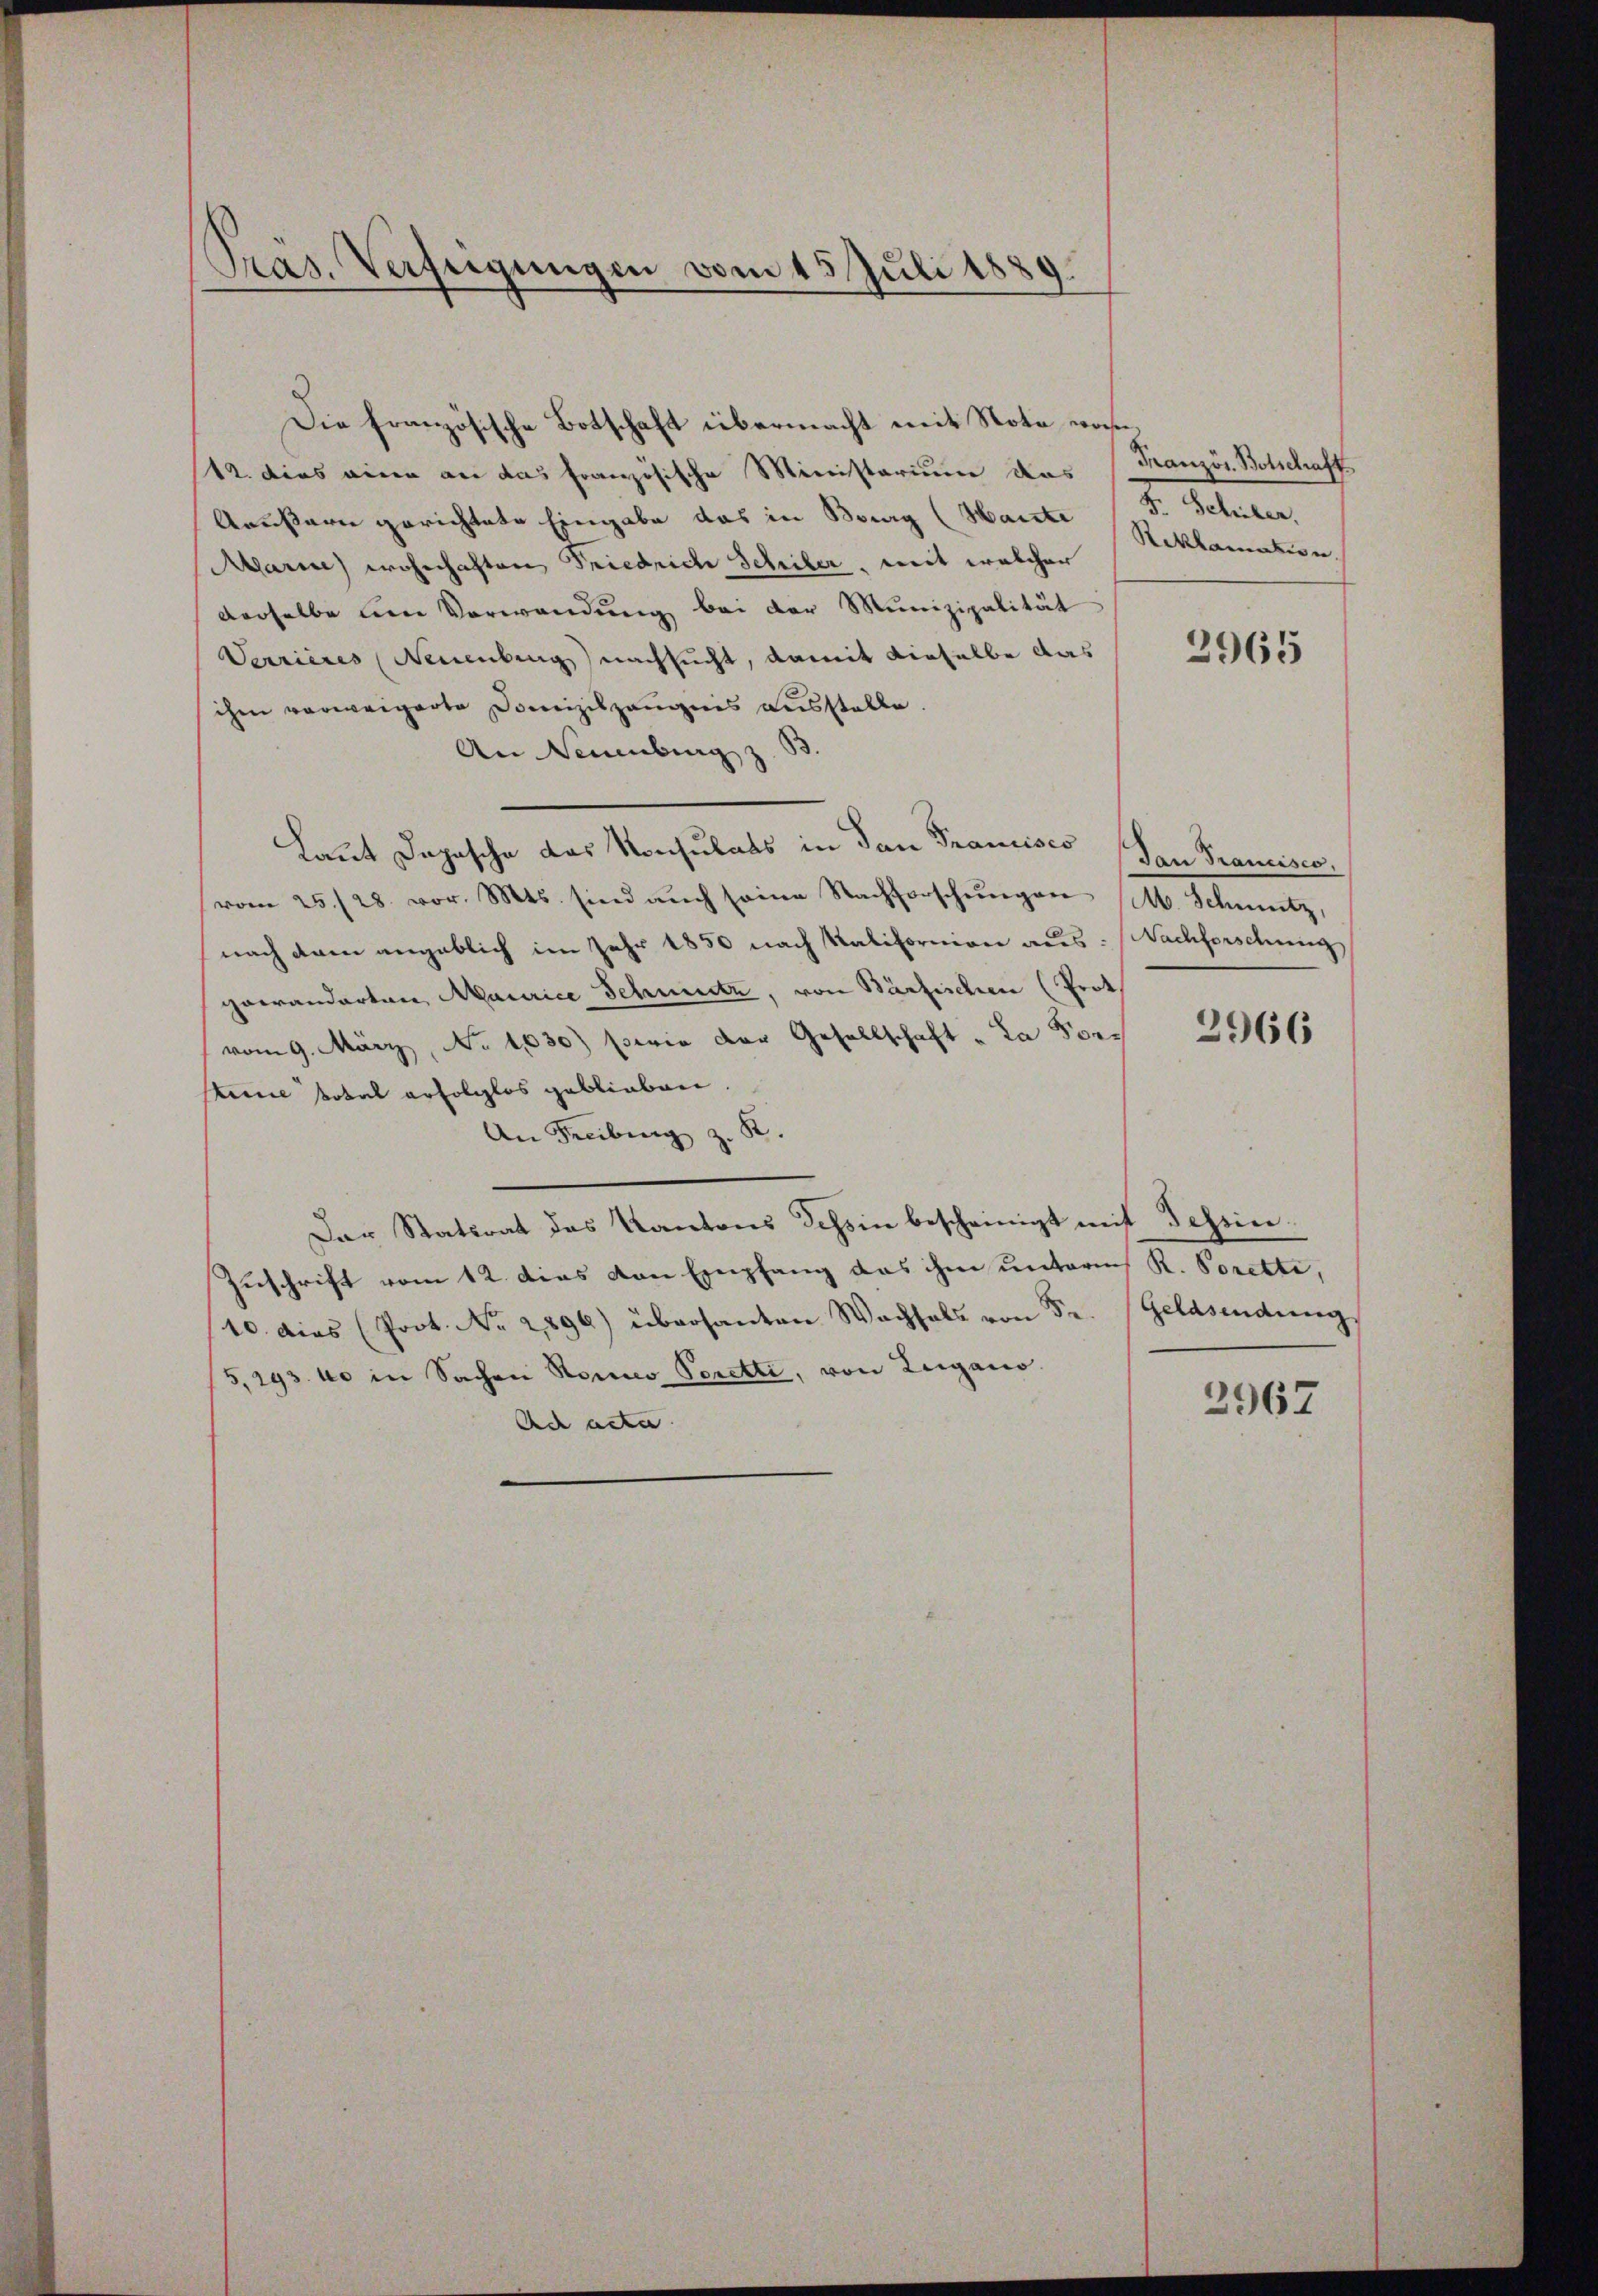
Präs. Verfeigungen vom 15. Juli 1881

Die französische Botschaft übermacht mit Note wohn¬
12. dies eine an das Französische Ministerium das
Grußern gerichtete Eingabe das in Bourg (Harzte Reklamation.
Aarin wohnhaften Friedrich Schüler, mit welcher
derselbe den Verwendŭng bei der Munizipalität
Verrieres Neuenburg nachsucht, damit dieselbe das
schen verweigerte Domizilzeugnis ausstelle.
An Neuenburg z.
Laut Dapasche das Konsulats in dan Francisco den Trancisco,
vom 25. 28. vor. Mts. sind aŭch seine Nachforschŭngen (M. Schmutz,
nach dem angeblich im Jahr 1850 nach Kalifornion aus: Nachforschung
gewanderten Maurice Schmutz, von Bärfischen (Prot
vom 9. März, No 1030) Ferie der Gesellschaft „La Porz
sane total erfolglos geblieben
An Freiburg z. B.
Der Statsrat des Kantons Tessin bescheinigt mit Tessin.
Zuschrift vom 12. dies von Empfang das ihm unterm R. Porette,
10. dies (Prok. Nr. 2896) übersanten Wachsels von Fr. Geldsendung
5,293. 40 in Sachen Romeo Peretti, von Lugano.
Ad acta

Französ. Botschaft
I. Sehnen,

2965

2966

2967